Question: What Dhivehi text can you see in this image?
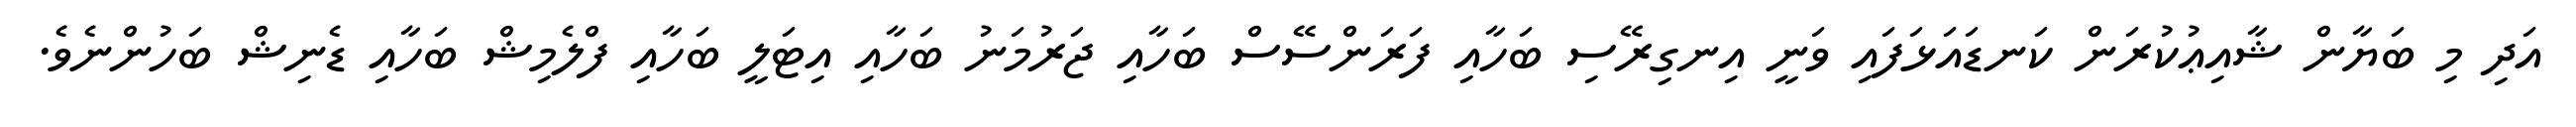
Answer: އަދި މި ބަޔާން ޝާއިޢުކުރަން ކަނޑައަޅަފައި ވަނީ އިނގިރޭސި ބަހާއި ފަރަންސޭސް ބަހާއި ޖަރުމަނު ބަހާއި އިޓަލީ ބަހާއި ފްލެމިޝް ބަހާއި ޑެނިޝް ބަހުންނެވެ.